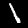
Digit: 1